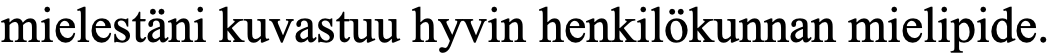
mielestäni kuvastuu hyvin henkilökunnan mielipide.